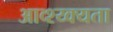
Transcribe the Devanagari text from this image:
आव्श्य्क्यता